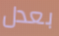
بعدل